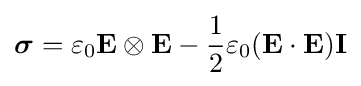
{\boldsymbol {\sigma }}=\varepsilon _{0}\mathbf {E} \otimes \mathbf {E} -{\frac {1}{2}}\varepsilon _{0}(\mathbf {E} \cdot \mathbf {E} )\mathbf {I}